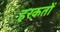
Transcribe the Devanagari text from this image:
हरक़तों